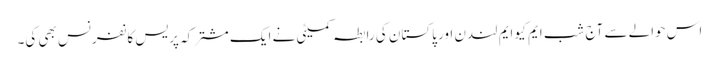
اس حوالے سے آج شب ایم کیو ایم لندن اور پاکستان کی رابطہ کمیٹی نے ایک مشترکہ پریس کانفرنس بھی کی۔